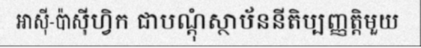
អាស៊ី-ប៉ាស៊ីហ្វិក ជាបណ្តុំស្ថាប័ននីតិប្បញ្ញត្តិមួយ